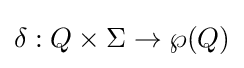
\delta :Q\times \Sigma \to \wp (Q)